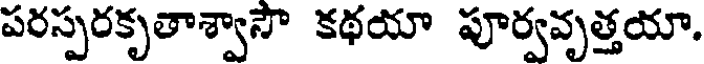
పరస్పరకృతాశ్వాసౌ కథయా పూర్వవృత్తయా.